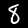
Label: 8